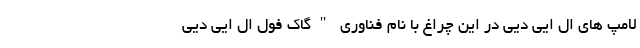
لامپ های ال ایی دیی در این چراغ با نام فناوری "گاک فول ال ایی دیی